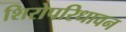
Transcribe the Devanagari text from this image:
शिरोपरिधावन